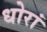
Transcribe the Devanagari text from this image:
धोरां